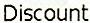
DISCOUNT